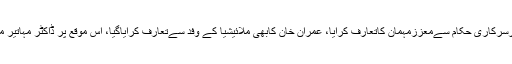
وزیراعظم عمران خان نےوفاقی وزرااورسرکاری حکام سےمعززمہمان کاتعارف کرایا، عمران خان کابھی ملائیشیا کے وفد سےتعارف کرایاگیا، اس موقع پر ڈاکٹر مہاتیر محمد نے وزیراعظم ہاؤس میں پودا لگایا۔